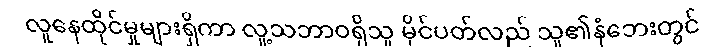
လူနေထိုင်မှုများရှိကာ လူ့သဘာဝရှိသူ မိုင်ပတ်လည် သူ၏နံဘေးတွင်